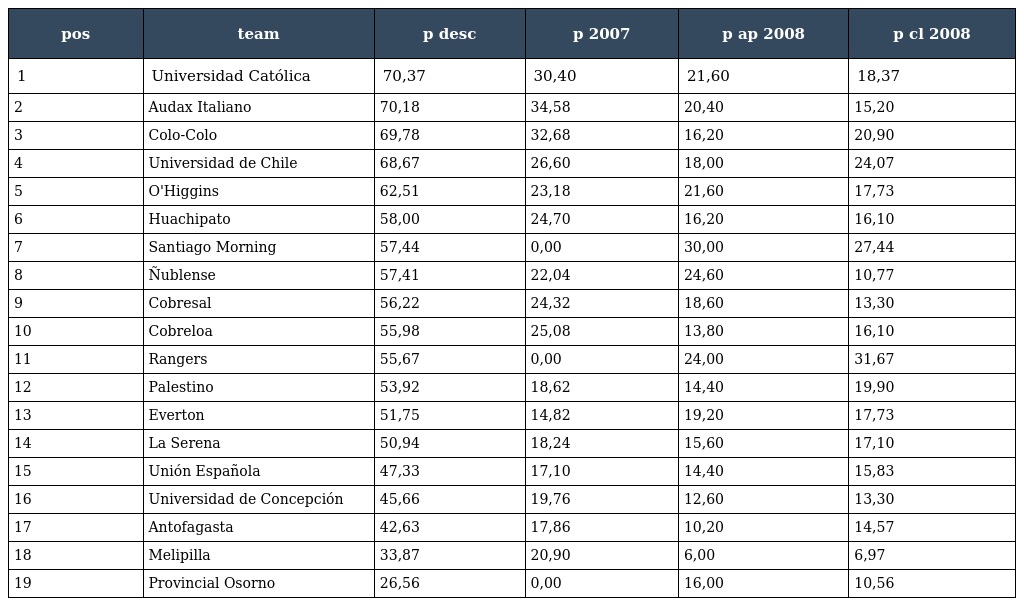
| pos | team | p desc | p 2007 | p ap 2008 | p cl 2008 |
 | --- | --- | --- | --- | --- | --- |
 | 1 | Universidad Católica | 70,37 | 30,40 | 21,60 | 18,37 |
 | 2 | Audax Italiano | 70,18 | 34,58 | 20,40 | 15,20 |
 | 3 | Colo-Colo | 69,78 | 32,68 | 16,20 | 20,90 |
 | 4 | Universidad de Chile | 68,67 | 26,60 | 18,00 | 24,07 |
 | 5 | O'Higgins | 62,51 | 23,18 | 21,60 | 17,73 |
 | 6 | Huachipato | 58,00 | 24,70 | 16,20 | 16,10 |
 | 7 | Santiago Morning | 57,44 | 0,00 | 30,00 | 27,44 |
 | 8 | Ñublense | 57,41 | 22,04 | 24,60 | 10,77 |
 | 9 | Cobresal | 56,22 | 24,32 | 18,60 | 13,30 |
 | 10 | Cobreloa | 55,98 | 25,08 | 13,80 | 16,10 |
 | 11 | Rangers | 55,67 | 0,00 | 24,00 | 31,67 |
 | 12 | Palestino | 53,92 | 18,62 | 14,40 | 19,90 |
 | 13 | Everton | 51,75 | 14,82 | 19,20 | 17,73 |
 | 14 | La Serena | 50,94 | 18,24 | 15,60 | 17,10 |
 | 15 | Unión Española | 47,33 | 17,10 | 14,40 | 15,83 |
 | 16 | Universidad de Concepción | 45,66 | 19,76 | 12,60 | 13,30 |
 | 17 | Antofagasta | 42,63 | 17,86 | 10,20 | 14,57 |
 | 18 | Melipilla | 33,87 | 20,90 | 6,00 | 6,97 |
 | 19 | Provincial Osorno | 26,56 | 0,00 | 16,00 | 10,56 |